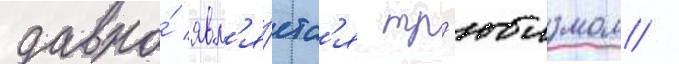
давно́ явл'я́етс'я тр'юизмом /